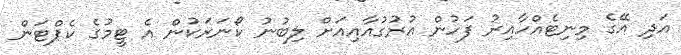
އަދި އޭގެ މިނިޓެއްހާއިރު ފަހުން އުރުގުއާއިއަށް ލިބުނު ކޯނަރަކުން އެ ޓީމުގެ ކެޕްޓަން